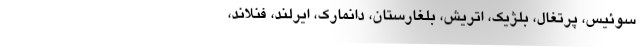
سوئیس، پرتغال، بلژیک، اتریش، بلغارستان، دانمارک، ایرلند، فنلاند،